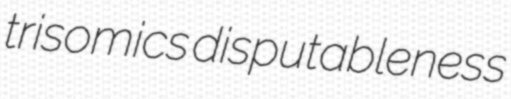
trisomics disputableness